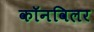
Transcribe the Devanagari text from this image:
कॉनविलर